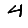
Digit: 4